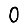
Digit: 0